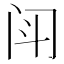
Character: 𫔯